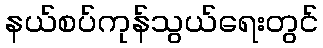
နယ်စပ်ကုန်သွယ်ရေးတွင်